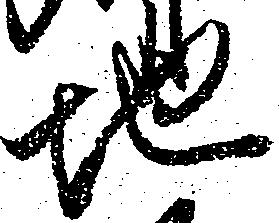
地